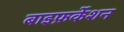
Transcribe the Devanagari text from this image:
बाइफ़र्केशन